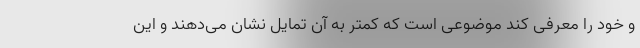
و خود را معرفی کند موضوعی است که کمتر به آن تمایل نشان می‌دهند و این